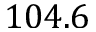
1 0 4 . 6